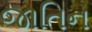
જાતિન